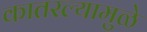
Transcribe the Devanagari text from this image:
कातरल्यामुळे